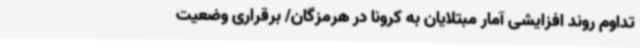
تداوم روند افزایشی آمار مبتلایان به کرونا در هرمزگان/ برقراری وضعیت